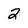
Character: 2